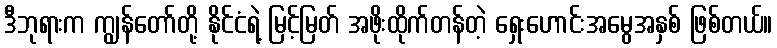
ဒီဘုရားက ကျွန်တော်တို့ နိုင်ငံရဲ့ မြင့်မြတ် အဖိုးထိုက်တန်တဲ့ ရှေးဟောင်းအမွေအနှစ် ဖြစ်တယ်။